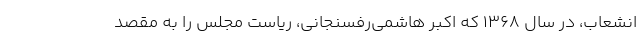
انشعاب، در سال ۱۳۶۸ که اکبر هاشمی‌رفسنجانی، ریاست مجلس را به مقصد